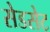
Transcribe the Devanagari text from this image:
सेडसेट